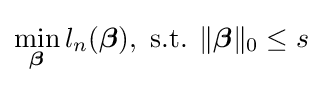
\min _{\boldsymbol {\beta }}l_{n}({\boldsymbol {\beta }}),{\text{ s.t. }}\|{\boldsymbol {\beta }}\|_{0}\leq s